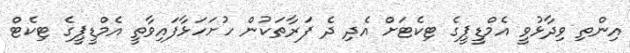
އިންތި ވިދާޅުވީ އެމްޑީޕީގެ ޓިކެޓަށް އެދި ދެ ފަރާތަކުން ހުށަހަޅާފައިވާތީ އެމްޑީޕީގެ ޓިކެޓް